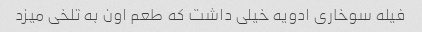
فیله سوخاری ادویه خیلی داشت که طعم اون به تلخی میزد